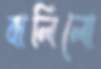
বালিলো